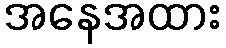
အနေအထား